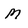
Character: M